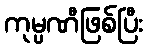
ကုမ္ပဏီဖြစ်ပြီး